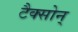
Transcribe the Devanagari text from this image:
टैक्सोन्